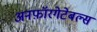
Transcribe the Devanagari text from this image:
अनफ़ॉरगेटेबल्स